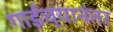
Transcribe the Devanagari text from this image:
गाईंच्यानंतर